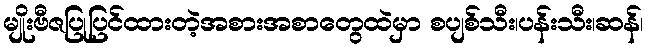
မျိုးဗီဇပြုပြင်ထားတဲ့အစားအစာတွေထဲမှာ စပျစ်သီး၊ပန်းသီး၊ဆန်၊